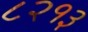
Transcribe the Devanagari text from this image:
८२१३